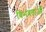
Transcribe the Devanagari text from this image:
विभवताओं